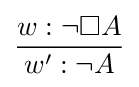
{\frac {w:\neg \Box A}{w':\neg A}}